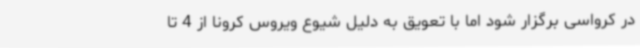
در کرواسی برگزار شود اما با تعویق به دلیل شیوع ویروس کرونا از 4 تا